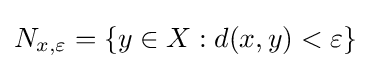
N_{x,\varepsilon }=\left\{y\in X:d(x,y)<\varepsilon \right\}